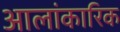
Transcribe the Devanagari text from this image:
आलांकारिक